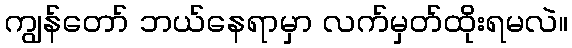
ကျွန်တော် ဘယ်နေရာမှာ လက်မှတ်ထိုးရမလဲ။